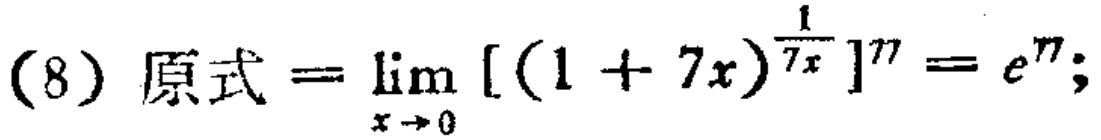
(8) 原式$=\lim\limits_{x \to 0} [(1 + 7x)^{\frac{1}{7x}}]^{77}=e^{77};$